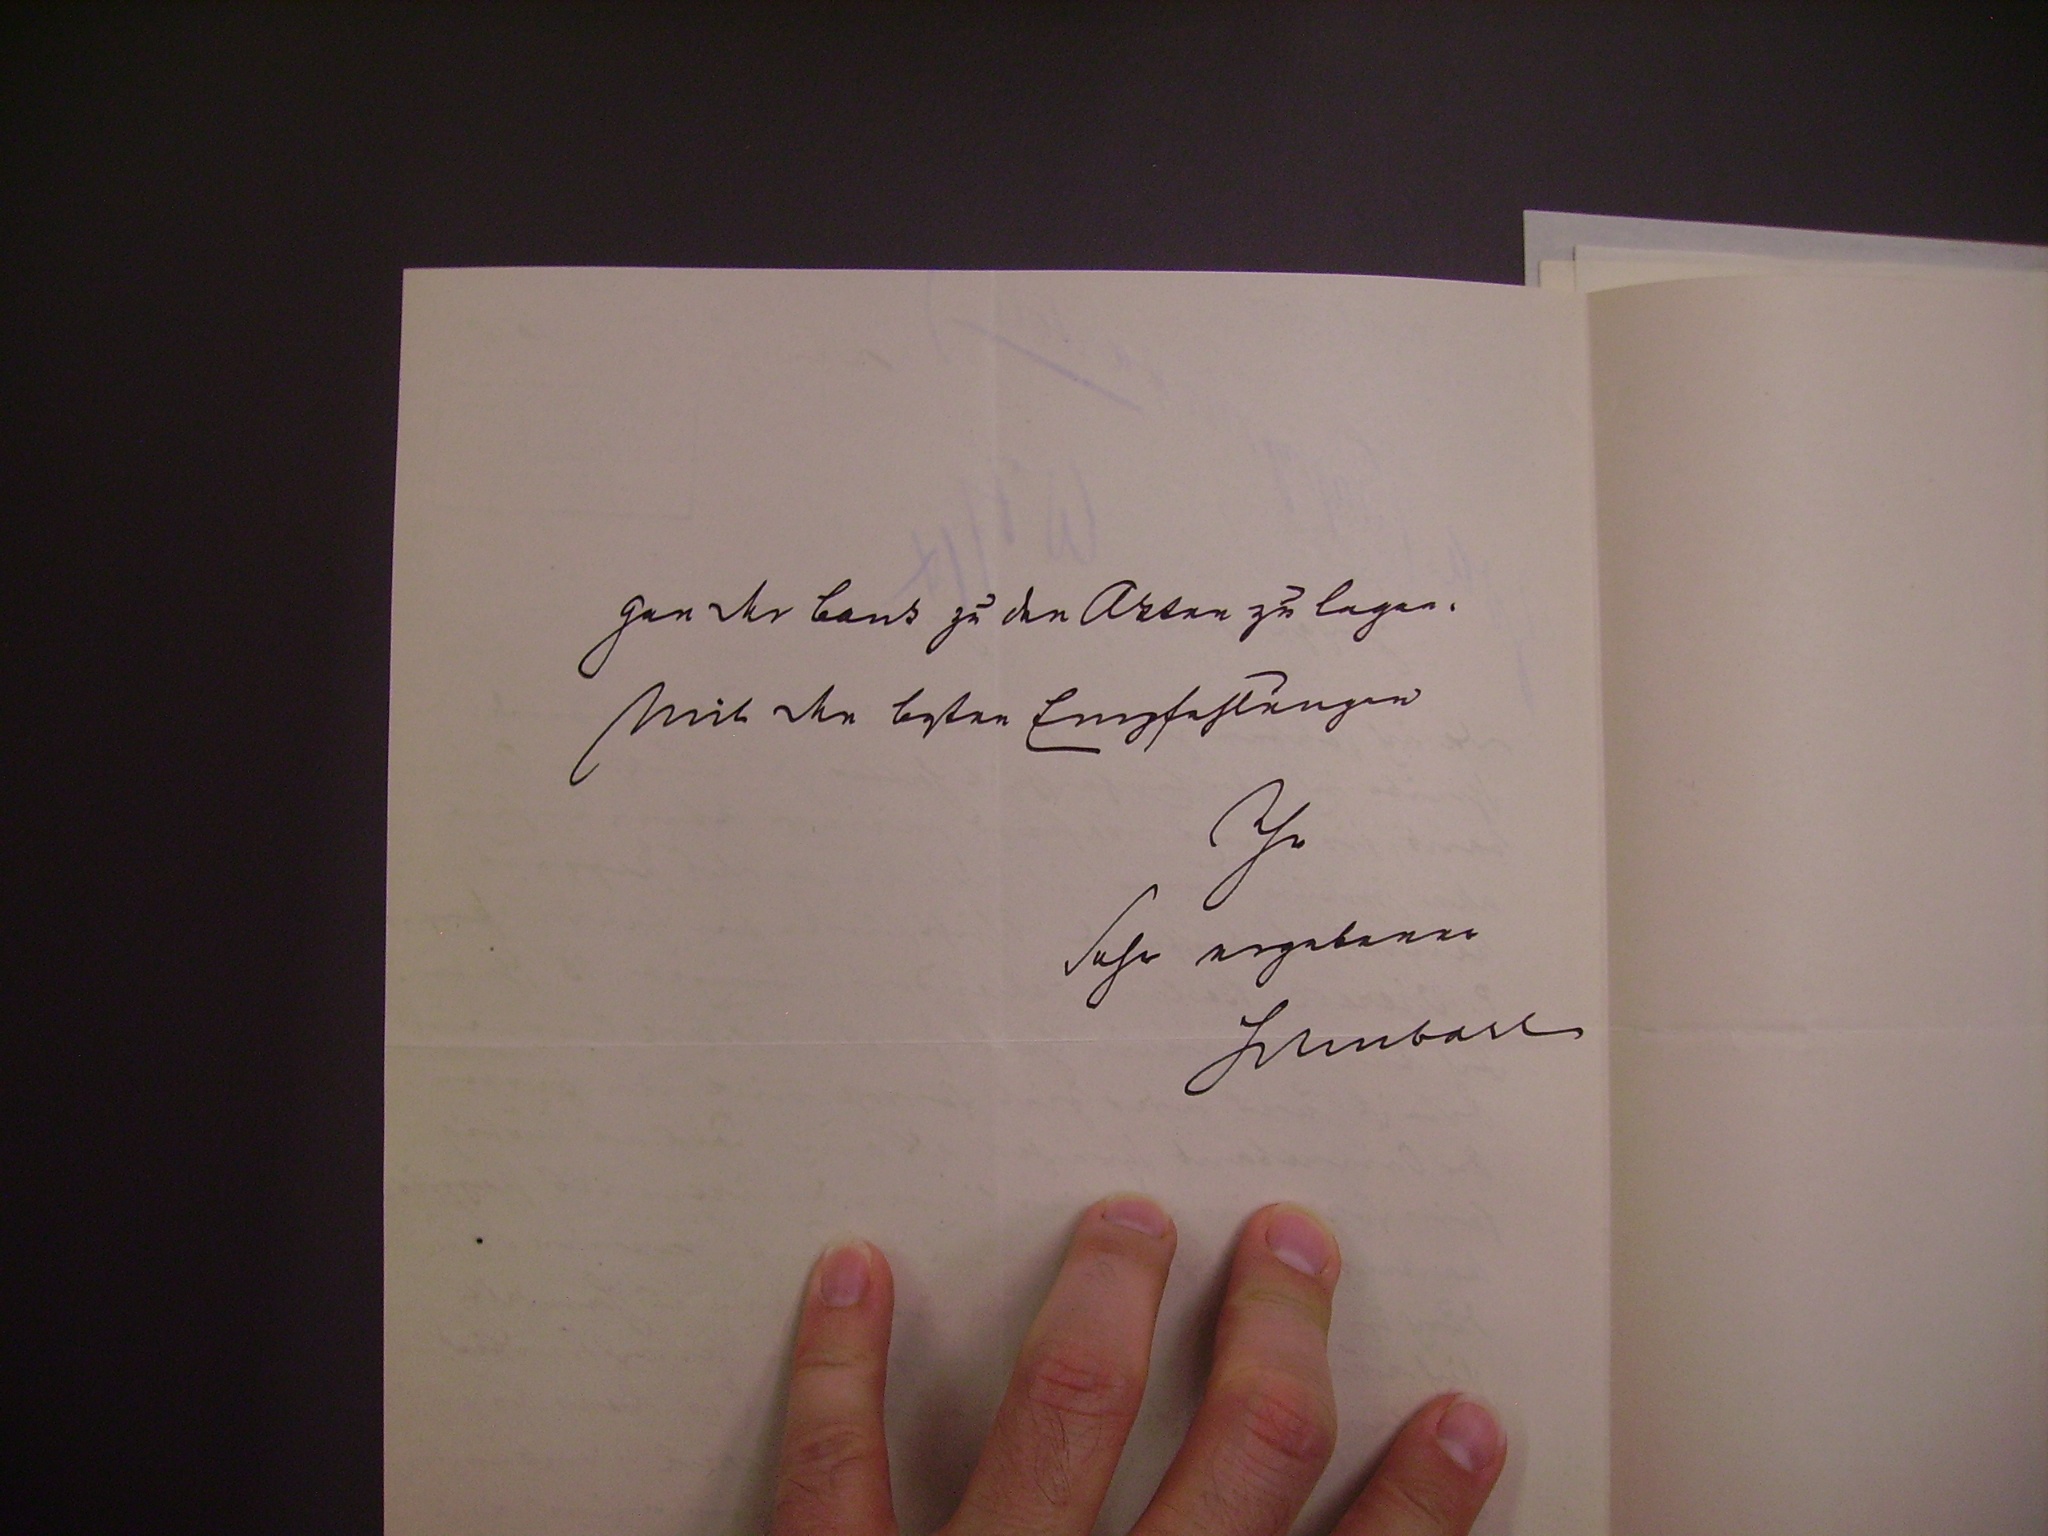
gen der bank zu den Akten zu legen.
Mit den besten Empfehlungen.
Ihr
Sehr ergebener
Schubart